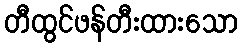
တီထွင်ဖန်တီးထားသော